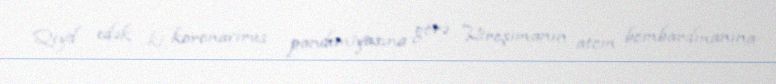
Qeyd edək ki, koronavirus pandemiyasına görə Hiroşimanın atom bombardmanına